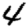
Digit: 4